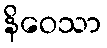
နိဝေသာ